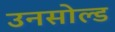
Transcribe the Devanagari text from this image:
उनसोल्ड